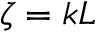
\zeta = k L